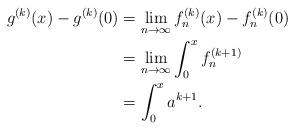
LaTeX: \begin{align*}g^{(k)}(x)-g^{(k)}(0) &= \displaystyle\lim_{n\rightarrow\infty} f_n^{(k)}(x)-f_n^{(k)}(0)\\&= \displaystyle\lim_{n\rightarrow\infty} \int_0^x f_n^{(k+1)}\\&= \int_0^x a^{k+1}.\end{align*}